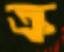
ক্র